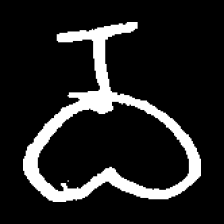
Pyu character \u2014 Myanmar letter: ဝ (romanized: wa)